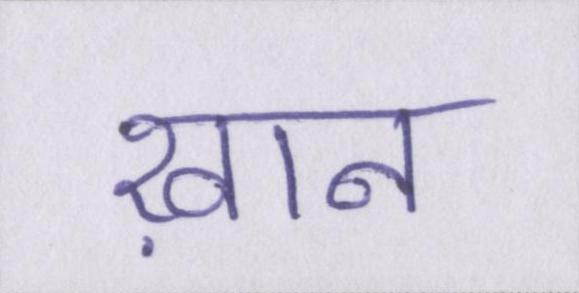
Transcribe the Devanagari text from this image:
ख़ान